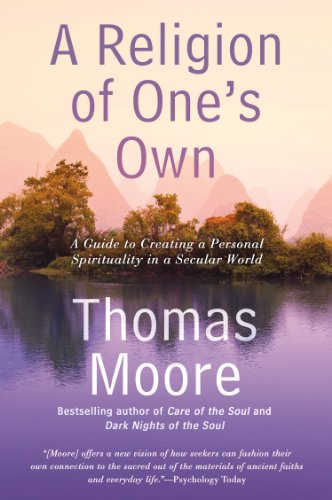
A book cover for A Religion of One's Own: A Guide to Creating a Personal Spirituality in a Secular World; Thomas Moore; Self-Help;